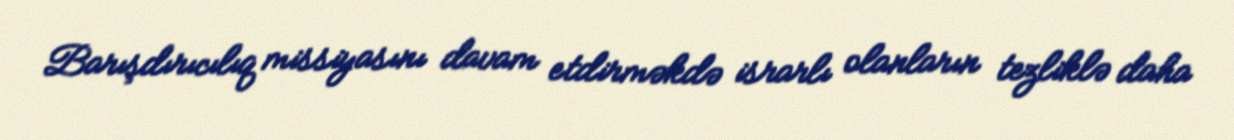
Barışdırıcılıq missiyasını davam etdirməkdə israrlı olanların tezliklə daha